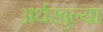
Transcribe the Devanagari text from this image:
अर्धखुल्या